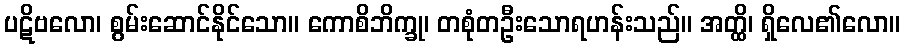
ပဋိဗလော၊ စွမ်းဆောင်နိုင်သော။ ကောစိဘိက္ခု၊ တစုံတဦးသောရဟန်းသည်။ အတ္ထိ၊ ရှိလေ၏လော။